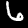
Digit: 6